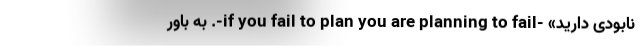
نابودی دارید» -if you fail to plan you are planning to fail-. به باور